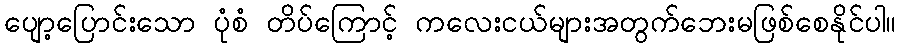
ပျော့ပြောင်းသော ပုံစံ တိပ်ကြောင့် ကလေးငယ်များအတွက်ဘေးမဖြစ်စေနိုင်ပါ။